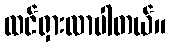
ထင်ရှားလာပါတယ်။